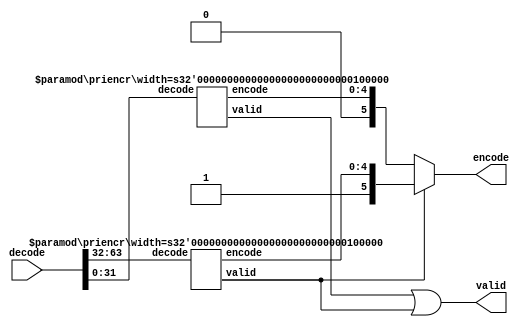
module priencr #(parameter width = 64)
  (
   input [width-1:0] decode,
   output [log2(width)-1:0] encode,
   output valid
   );

  function [31:0] log2;
    input reg [31:0] value;
    begin
      value = value-1;
      for (log2=0; value>0; log2=log2+1)
	value = value>>1;
    end
  endfunction

  generate
    if (width == 2)
      begin
	assign valid = |decode;
	assign encode = decode[1];
      end
    else if (width & (width-1))
      priencr #(1<<log2(width)) priencr ({1<<log2(width) {1'b0}} | decode,
                                         encode,valid);
    else
      begin
	wire [log2(width)-2:0] encode_low;
	wire [log2(width)-2:0] encode_high;
	wire valid_low, valid_high;
	priencr #(width>>1) low(decode[(width>>1)-1:0],encode_low,valid_low);
	priencr #(width>>1) high(decode[width-1:width>>1],encode_high,valid_high);
	assign valid = valid_low | valid_high;
	assign encode = valid_high ? {1'b1,encode_high} : {1'b0,encode_low};
      end
  endgenerate
endmodule